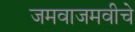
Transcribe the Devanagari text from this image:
जमवाजमवीचे